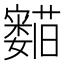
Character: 𬟛